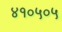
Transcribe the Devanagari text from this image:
४१०५०५